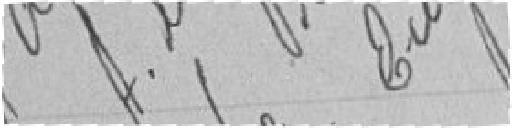
P. le Préfet